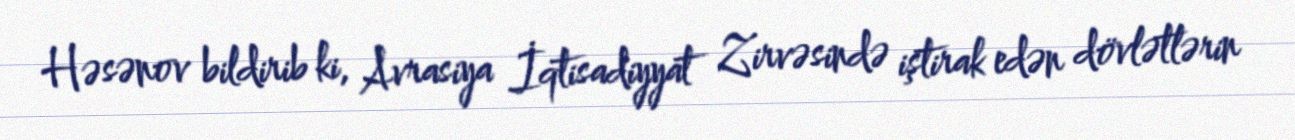
Həsənov bildirib ki, Avrasiya İqtisadiyyat Zirvəsində iştirak edən dövlətlərin